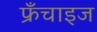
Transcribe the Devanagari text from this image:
फ्रँचाइज